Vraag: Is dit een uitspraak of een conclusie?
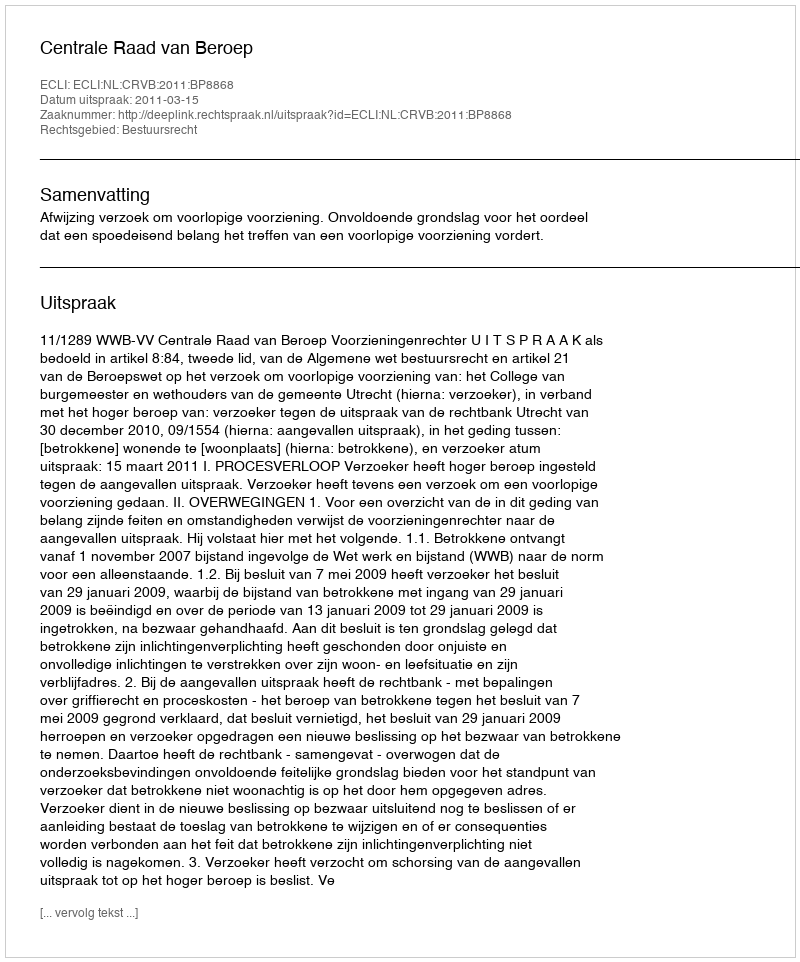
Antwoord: Uitspraak